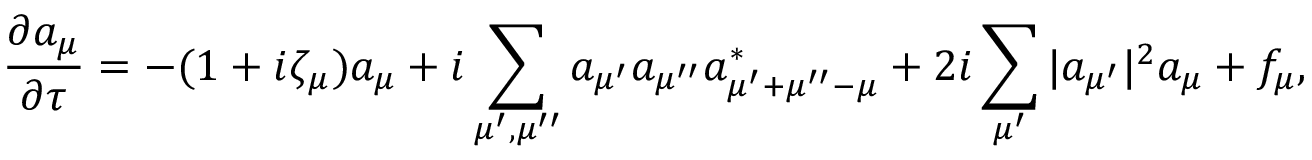
\frac { \partial a _ { \mu } } { \partial { \tau } } = - ( 1 + i \zeta _ { \mu } ) a _ { \mu } + i \sum _ { \mu ^ { \prime } , \mu ^ { \prime \prime } } a _ { \mu ^ { \prime } } a _ { \mu ^ { \prime \prime } } a _ { \mu ^ { \prime } + \mu ^ { \prime \prime } - \mu } ^ { * } + 2 i \sum _ { \mu ^ { \prime } } | a _ { \mu ^ { \prime } } | ^ { 2 } a _ { \mu } + f _ { \mu } ,